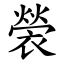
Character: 褮